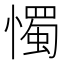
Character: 𢢗